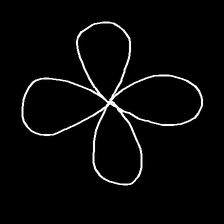
Glyph: billowing